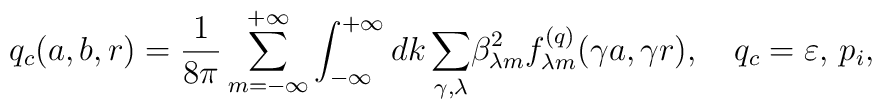
q_c(a,b,r)=\frac{1}{8\pi }\sum_{m=-\infty}^{+\infty}\int_{-\infty}^{+\infty}{dk\sum_{\gamma ,\lambda }}\beta _{\lambda m}^2f_{\lambda m}^{(q)}(\gamma a, \gamma r),\quad q_c=\varepsilon ,\, p_i,